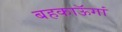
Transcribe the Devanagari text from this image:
बहकाऊॅगां